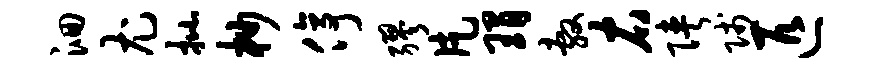
洄尤批杪停缪片瑁敷右陕贱匹